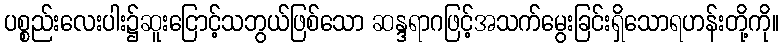
ပစ္စည်းလေးပါး၌ဆူးငြောင့်သဘွယ်ဖြစ်သော ဆန္ဒရာဂဖြင့်အသက်မွေးခြင်းရှိသောရဟန်းတို့ကို။